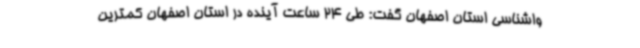
واشناسی استان اصفهان گفت: طی 24 ساعت آینده در استان اصفهان کمترین